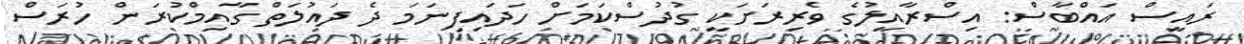
ރައީސް އައްބާސް: އިސްރާއީލުގެ ވެރިރަށަކީ ގުދުސްކަމަށް ހަދައިފިނަމަ ދެ ދައުލަތް ގާއިމްކުރަން ހުރަސް